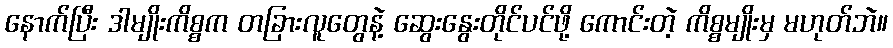
နောက်ပြီး ဒါမျိုးကိစ္စက တခြားလူတွေနဲ့ ဆွေးနွေးတိုင်ပင်ဖို့ ကောင်းတဲ့ ကိစ္စမျိုးမှ မဟုတ်ဘဲ။